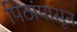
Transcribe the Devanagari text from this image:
पिठांपासून